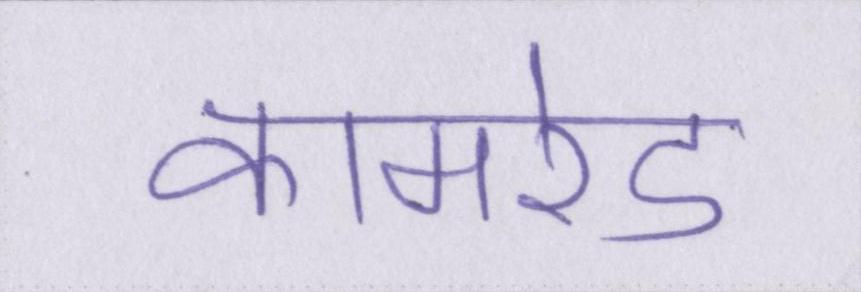
कामरेड